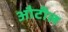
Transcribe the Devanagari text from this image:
औटील